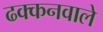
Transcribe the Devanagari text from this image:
ढक्कनवाले